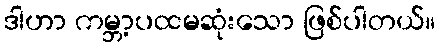
ဒါဟာ ကမ္ဘာ့ပထမဆုံးသော ဖြစ်ပါတယ်။